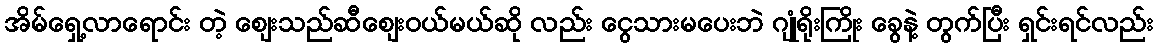
အိမ်ရှေ့လာရောင်း တဲ့ ဈေးသည်ဆီဈေးဝယ်မယ်ဆို လည်း ငွေသားမပေးဘဲ ဂျုံရိုးကြိုး ခွေနဲ့ တွက်ပြီး ရှင်းရင်လည်း